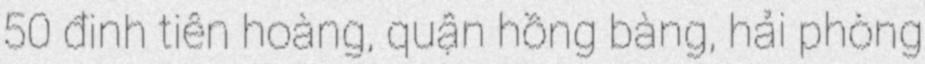
50 đinh tiên hoàng, quận hồng bàng, hải phòng